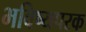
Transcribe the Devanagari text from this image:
भविष्यपरक